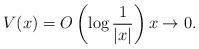
LaTeX: \begin{align*} V(x)=O\left(\log\frac{1}{|x|}\right) x\to0. \end{align*}